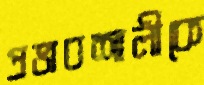
প্রভাবশালীকে